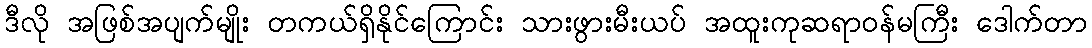
ဒီလို အဖြစ်အပျက်မျိုး တကယ်ရှိနိုင်ကြောင်း သားဖွားမီးယပ် အထူးကုဆရာဝန်မကြီး ဒေါက်တာ